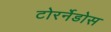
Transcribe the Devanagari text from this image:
टोरर्नेडोस